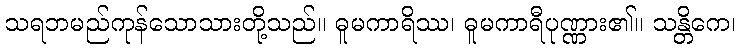
သရဘမည်ကုန်သောသားတို့သည်။ ဓူမကာရိဿ၊ ဓူမကာရီပုဏ္ဏား၏။ သန္တိကေ၊